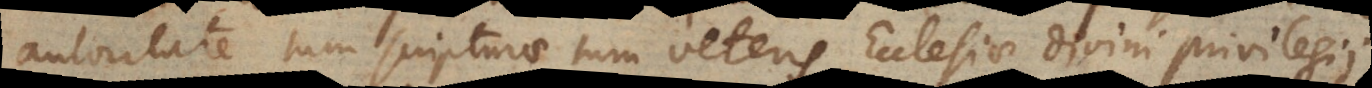
autoritate tum scripturae tum veteris Ecclesiae divini Darüber,